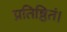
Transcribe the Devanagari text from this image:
प्रतिष्ठितं।